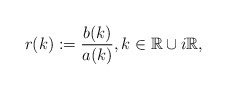
\begin{align*}r(k):=\frac{b(k)}{a(k)}, k \in \mathbb{R} \cup i\mathbb{R},\end{align*}